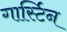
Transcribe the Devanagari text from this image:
गार्स्टिन